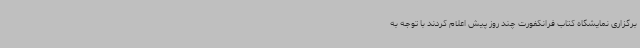
برگزاری نمایشگاه کتاب فرانکفورت چند روز پیش اعلام کردند با توجه به